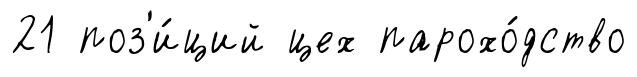
21 поз'и́ций цех парохо́дство